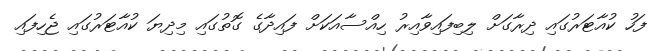
ފަހު ކުއާޓަރުގައި ދިރާގަށް ލިބިފައިވާއިރު ހިއްސާއަކަށް ފައިދާގެ ގޮތުގައި މިދިޔަ ކުއާޓަރުގައި ޖެހިފައި